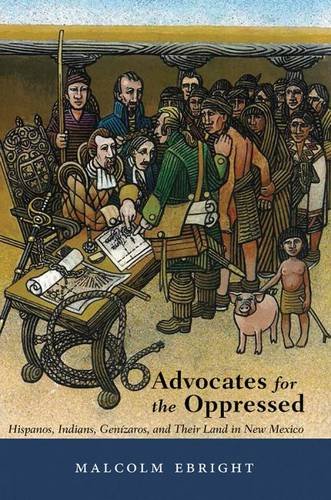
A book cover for Advocates for the Oppressed: Hispanos, Indians, GenÃ­zaros, and Their Land in New Mexico; Malcolm Ebright; Law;